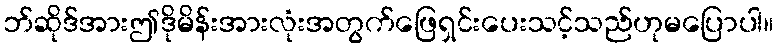
ဘ်ဆိုဒ်အားဤဒိုမိန်းအားလုံးအတွက်ဖြေရှင်းပေးသင့်သည်ဟုမပြောပါ။